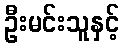
ဦးမင်းသူနှင့်